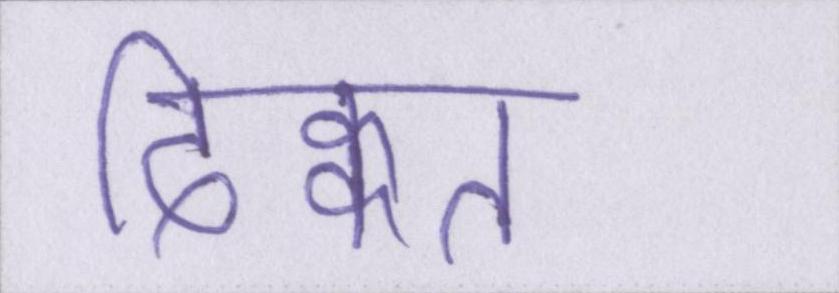
दिक्कत